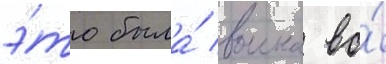
э́то была́ воина во́